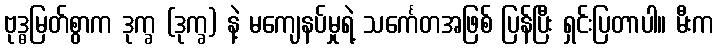
ဗုဒ္ဓမြတ်စွာက ဒုက္ခ (ဒုက္ခ) နဲ့ မကျေနပ်မှုရဲ့ သင်္ကေတအဖြစ် ပြန်ပြီး ရှင်းပြတာပါ။ မီးက